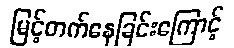
မြင့်တက်နေခြင်းကြောင့်